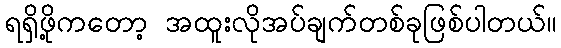
ရရှိဖို့ကတော့ အထူးလိုအပ်ချက်တစ်ခုဖြစ်ပါတယ်။